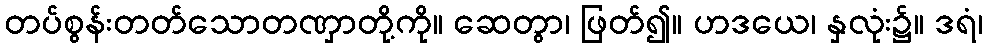
တပ်စွန်းတတ်သောတဏှာတို့ကို။ ဆေတွာ၊ ဖြတ်၍။ ဟဒယေ၊ နှလုံး၌။ ဒရံ၊